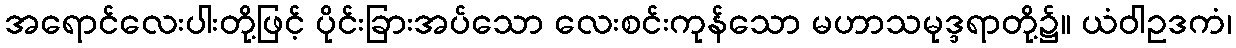
အရောင်လေးပါးတို့ဖြင့် ပိုင်းခြားအပ်သော လေးစင်းကုန်သော မဟာသမုဒ္ဒရာတို့၌။ ယံဝါဥဒကံ၊